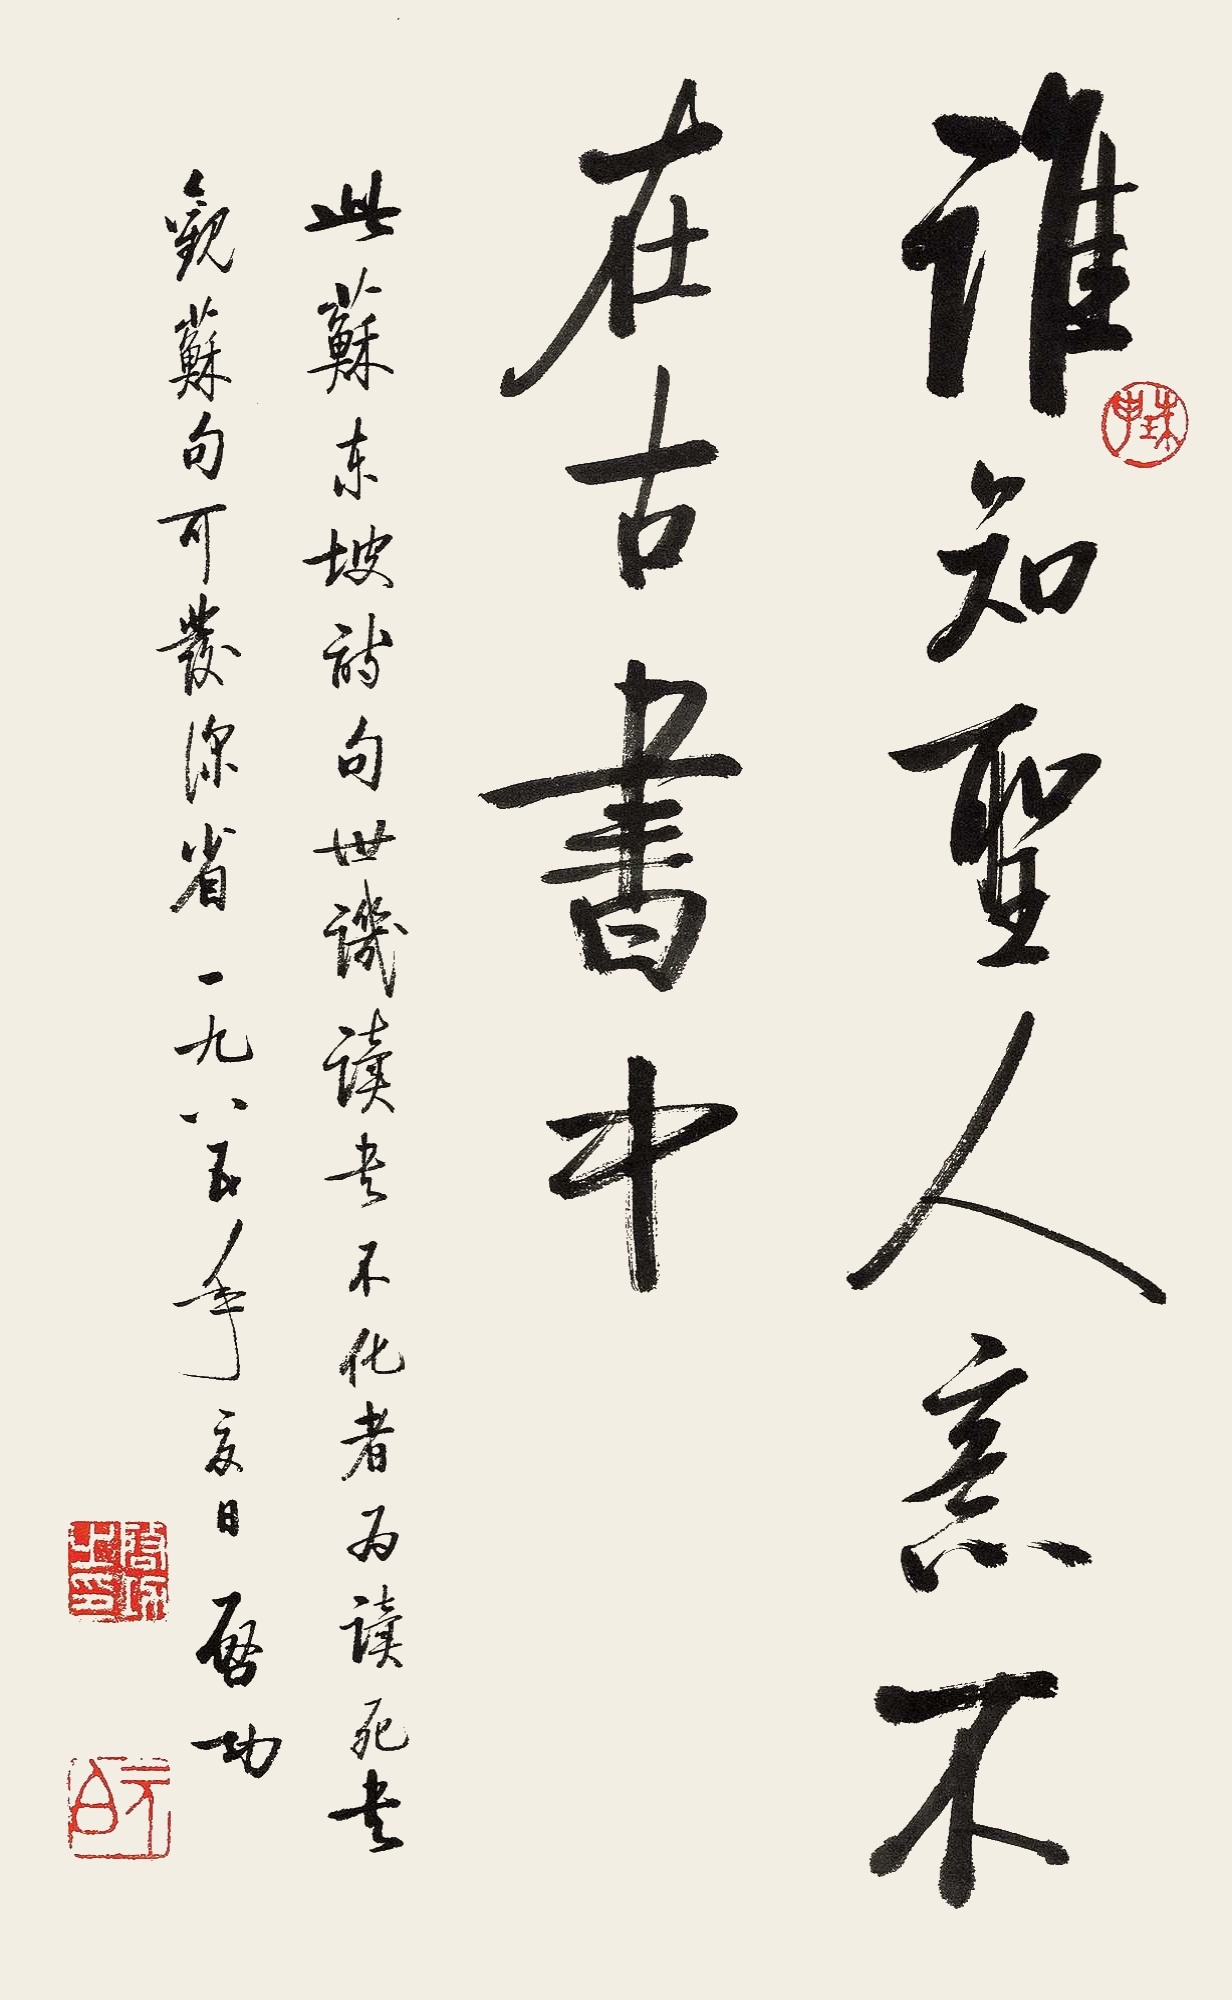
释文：谁知圣人意，不在古书中。此苏东坡诗句，世讥读尽不化者，为读死。尽观苏句可发深省。一九八五年夏日，启功。